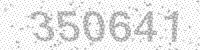
Solution: 350641